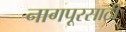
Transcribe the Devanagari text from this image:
नागपूरसाठी